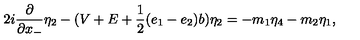
2 i \frac { \partial } { \partial x _ { - } } { \eta } _ { 2 } - ( V + E + \frac { 1 } { 2 } ( e _ { 1 } - e _ { 2 } ) b ) { \eta } _ { 2 } = - m _ { 1 } { \eta } _ { 4 } - m _ { 2 } { \eta } _ { 1 } ,